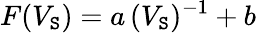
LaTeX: F(V_{\mathtt{S}})=a\, (V_{\mathtt{S}})^{-1}+b